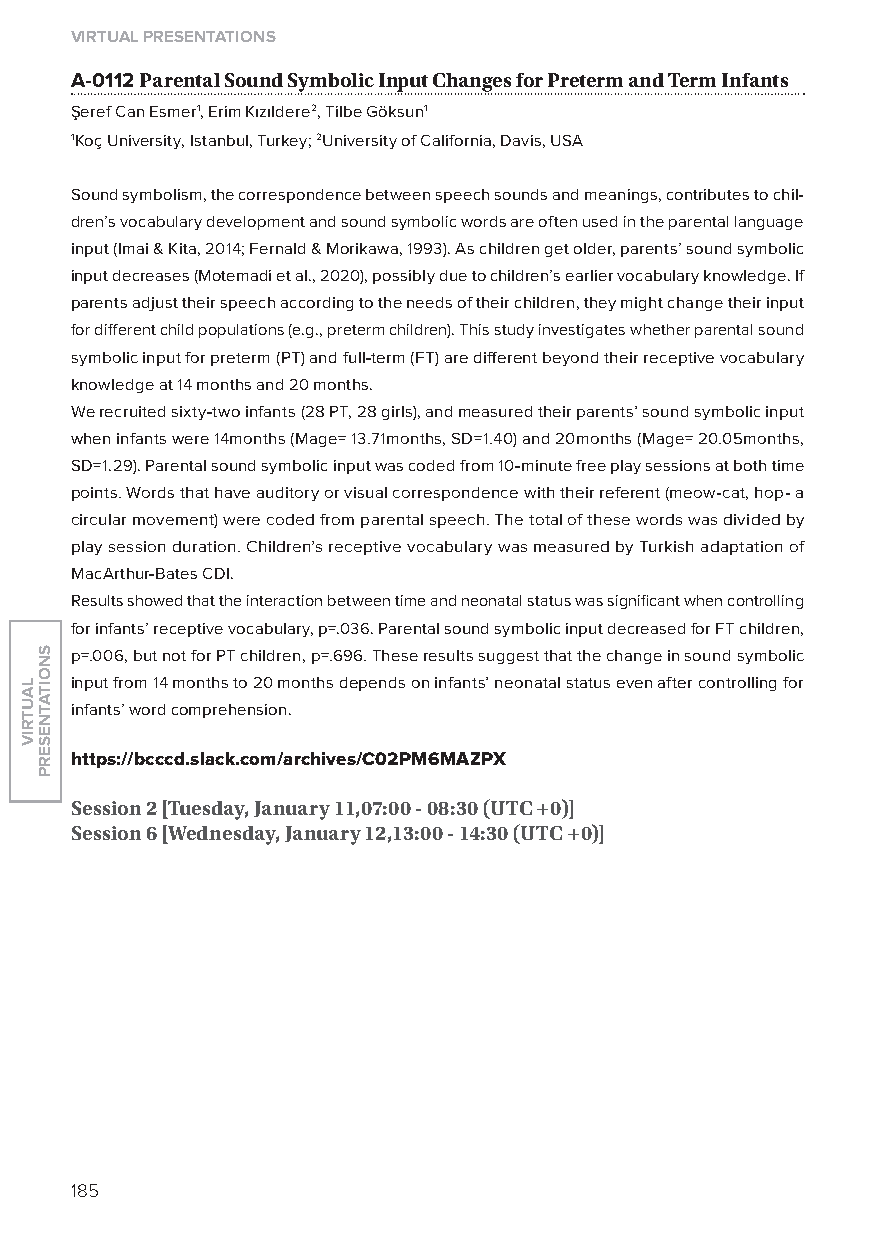
virtual presentations
 A-0112 Parental sound symbolic input Changes for Preterm and term infants
 Şeref Can Esmer1, Erim Kızıldere2, Tilbe Göksun1
 1Koç University, Istanbul, Turkey; 2University of California, Davis, USA
 Sound symbolism, the correspondence between speech sounds and meanings, contributes to chil-
 dren’s vocabulary development and sound symbolic words are often used in the parental language
 input (Imai & Kita, 2014; Fernald & Morikawa, 1993). As children get older, parents’ sound symbolic
 input decreases (Motemadi et al., 2020), possibly due to children’s earlier vocabulary knowledge. If
 parents adjust their speech according to the needs of their children, they might change their input
 for different child populations (e.g., preterm children). This study investigates whether parental sound
 symbolic input for preterm (PT) and full-term (FT) are different beyond their receptive vocabulary
 knowledge at 14 months and 20 months.
 We recruited sixty-two infants (28 PT, 28 girls), and measured their parents’ sound symbolic input
 when infants were 14months (Mage= 13.71months, SD=1.40) and 20months (Mage= 20.05months,
 SD=1.29). Parental sound symbolic input was coded from 10-minute free play sessions at both time
 points. Words that have auditory or visual correspondence with their referent (meow-cat, hop- a
 circular movement) were coded from parental speech. The total of these words was divided by
 play session duration. Children’s receptive vocabulary was measured by Turkish adaptation of
 MacArthur-Bates CDI.
 Results showed that the interaction between time and neonatal status was significant when controlling
 for infants’ receptive vocabulary, p=.036. Parental sound symbolic input decreased for FT children,
 p=.006, but not for PT children, p=.696. These results suggest that the change in sound symbolic
 input from 14 months to 20 months depends on infants’ neonatal status even after controlling for
 infants’ word comprehension.
 https://bcccd.slack.com/archives/C02pM6MaZpX
 session 2 [tuesday, January 11,07:00 - 08:30 (utC +0)]
 session 6 [Wednesday, January 12,13:00 - 14:30 (utC +0)]
 185
 lautriv
 snoitatneserp